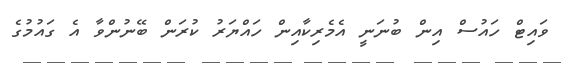
ވައިޓް ހައުސް އިން ބުނަނީ އެމެރިކާއިން ހައްޔަރު ކުރަން ބޭނުންވާ އެ ގައުމުގެ